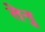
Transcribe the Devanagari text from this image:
तेनु